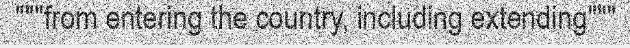
"""from entering the country, including extending"""